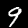
Digit: 9